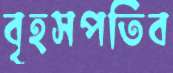
বৃহসপতিব